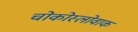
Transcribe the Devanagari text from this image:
चोकोस्लोवाक